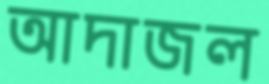
আদাজল